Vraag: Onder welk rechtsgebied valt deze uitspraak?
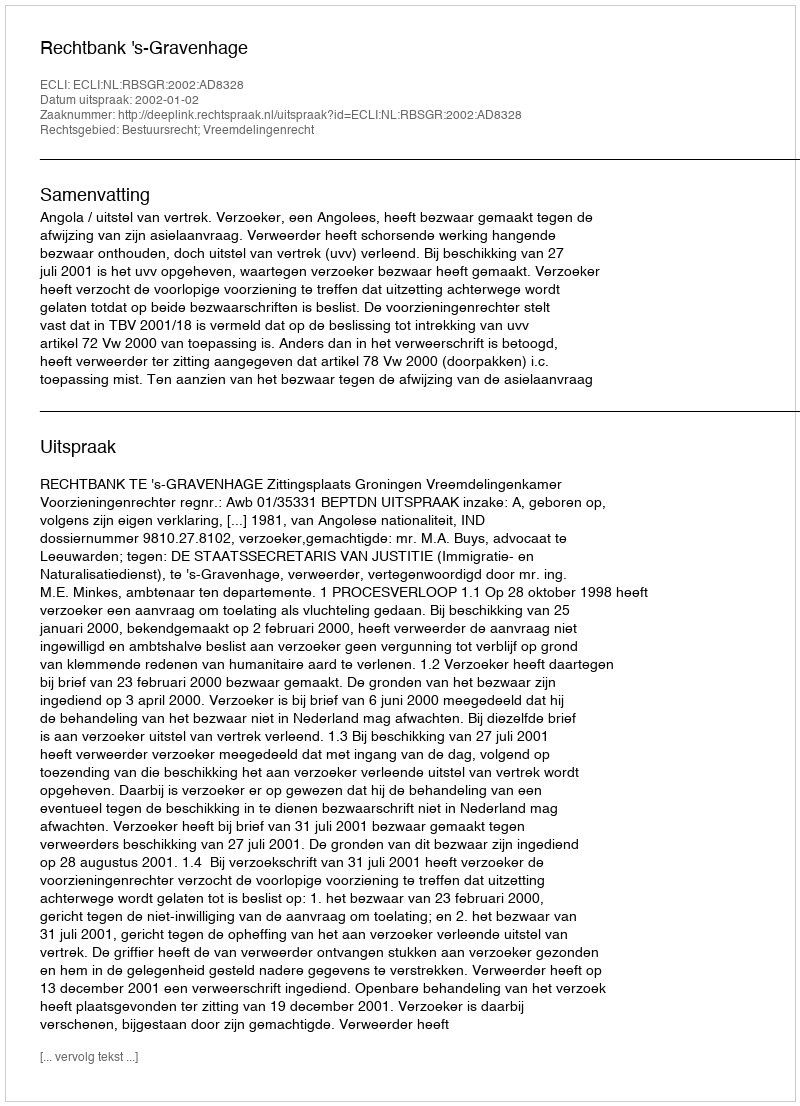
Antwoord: Bestuursrecht; Vreemdelingenrecht